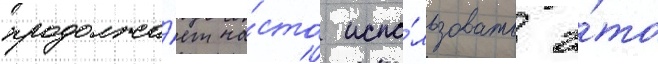
продолжа́ет ча́сто испо́льзовать э́то